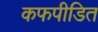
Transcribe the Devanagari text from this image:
कफपीडित